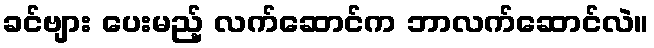
ခင်ဗျား ပေးမည့် လက်ဆောင်က ဘာလက်ဆောင်လဲ။